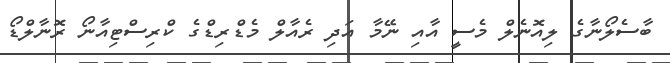
ބާސެލޯނާގެ ލިއޮނެލް މެސީ އާއި ނޭމާ އަދި ރެއާލް މެޑްރިޑްގެ ކްރިސްޓިއާނޯ ރޮނާލްޑޯ